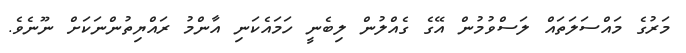
މަރުގެ މައްސަލަތައް ލަސްވުމުން އޭގެ ގެއްލުން ލިބެނީ ހަމައެކަނި އާންމު ރައްޔިތުންނަކަށް ނޫނެވެ.